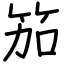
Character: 笳